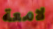
لامعة